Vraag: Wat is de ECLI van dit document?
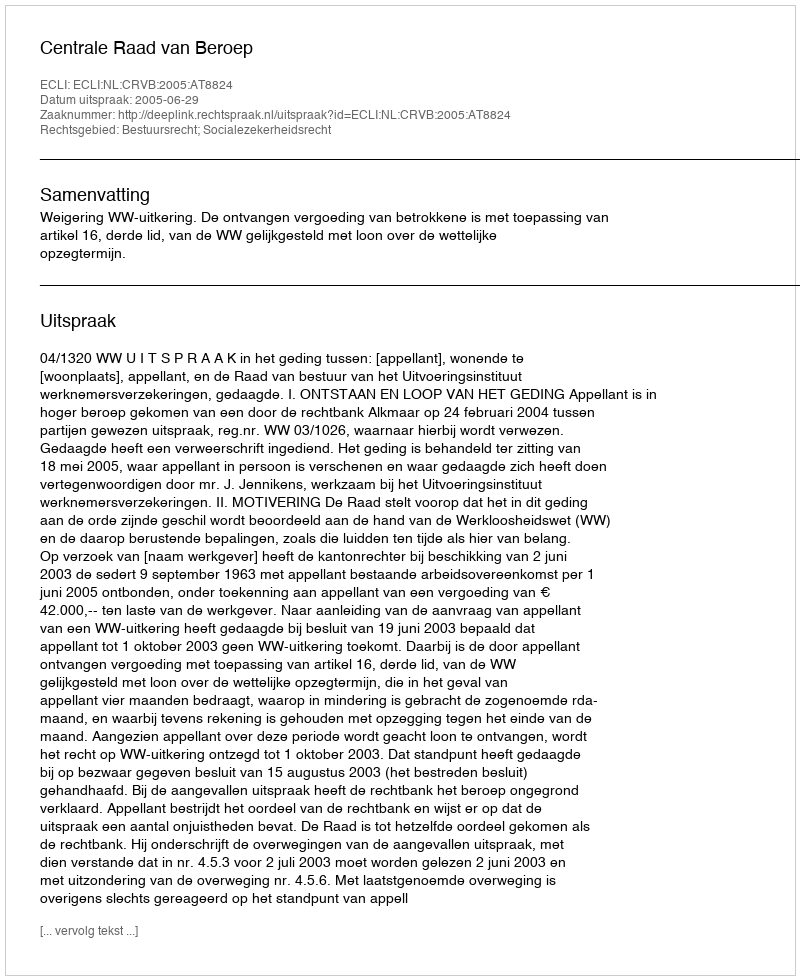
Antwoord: ECLI:NL:CRVB:2005:AT8824